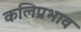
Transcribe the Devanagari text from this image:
कलिप्रभाव